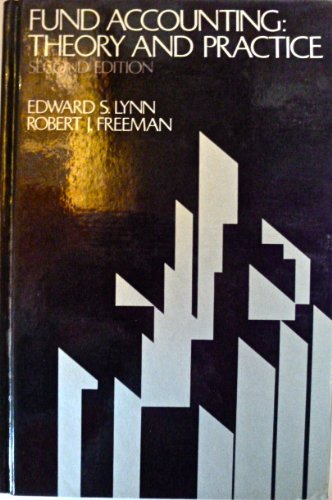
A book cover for Fund Accounting: Theory and Practice; Edward S. Lynn; Business & Money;